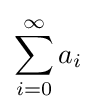
\sum _{i=0}^{\infty }a_{i}